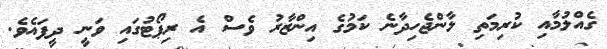
ގެއްލުމާއި ކުރިމަތި ލާންޖެހިދާނެ ކަމުގެ އިންޒާރު ވެސް އެ ރިޕޯޓުގައި ވަނީ ދީފައެވެ.